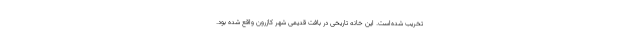
تخریب شده‌است. این خانه تاریخی در بافت قدیمی شهر کازرون واقع شده بود.